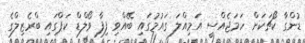
ޑުންގާ ކޯޗަކަށް ހަމަޖެއްސީ އަމިއްލަ ގައުމުގައި ބޭއްވި ފިފާ ވޯލްޑް ކަޕްގައި ބްރެޒިލްގެ